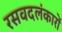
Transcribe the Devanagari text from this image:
रसवदलंकारों